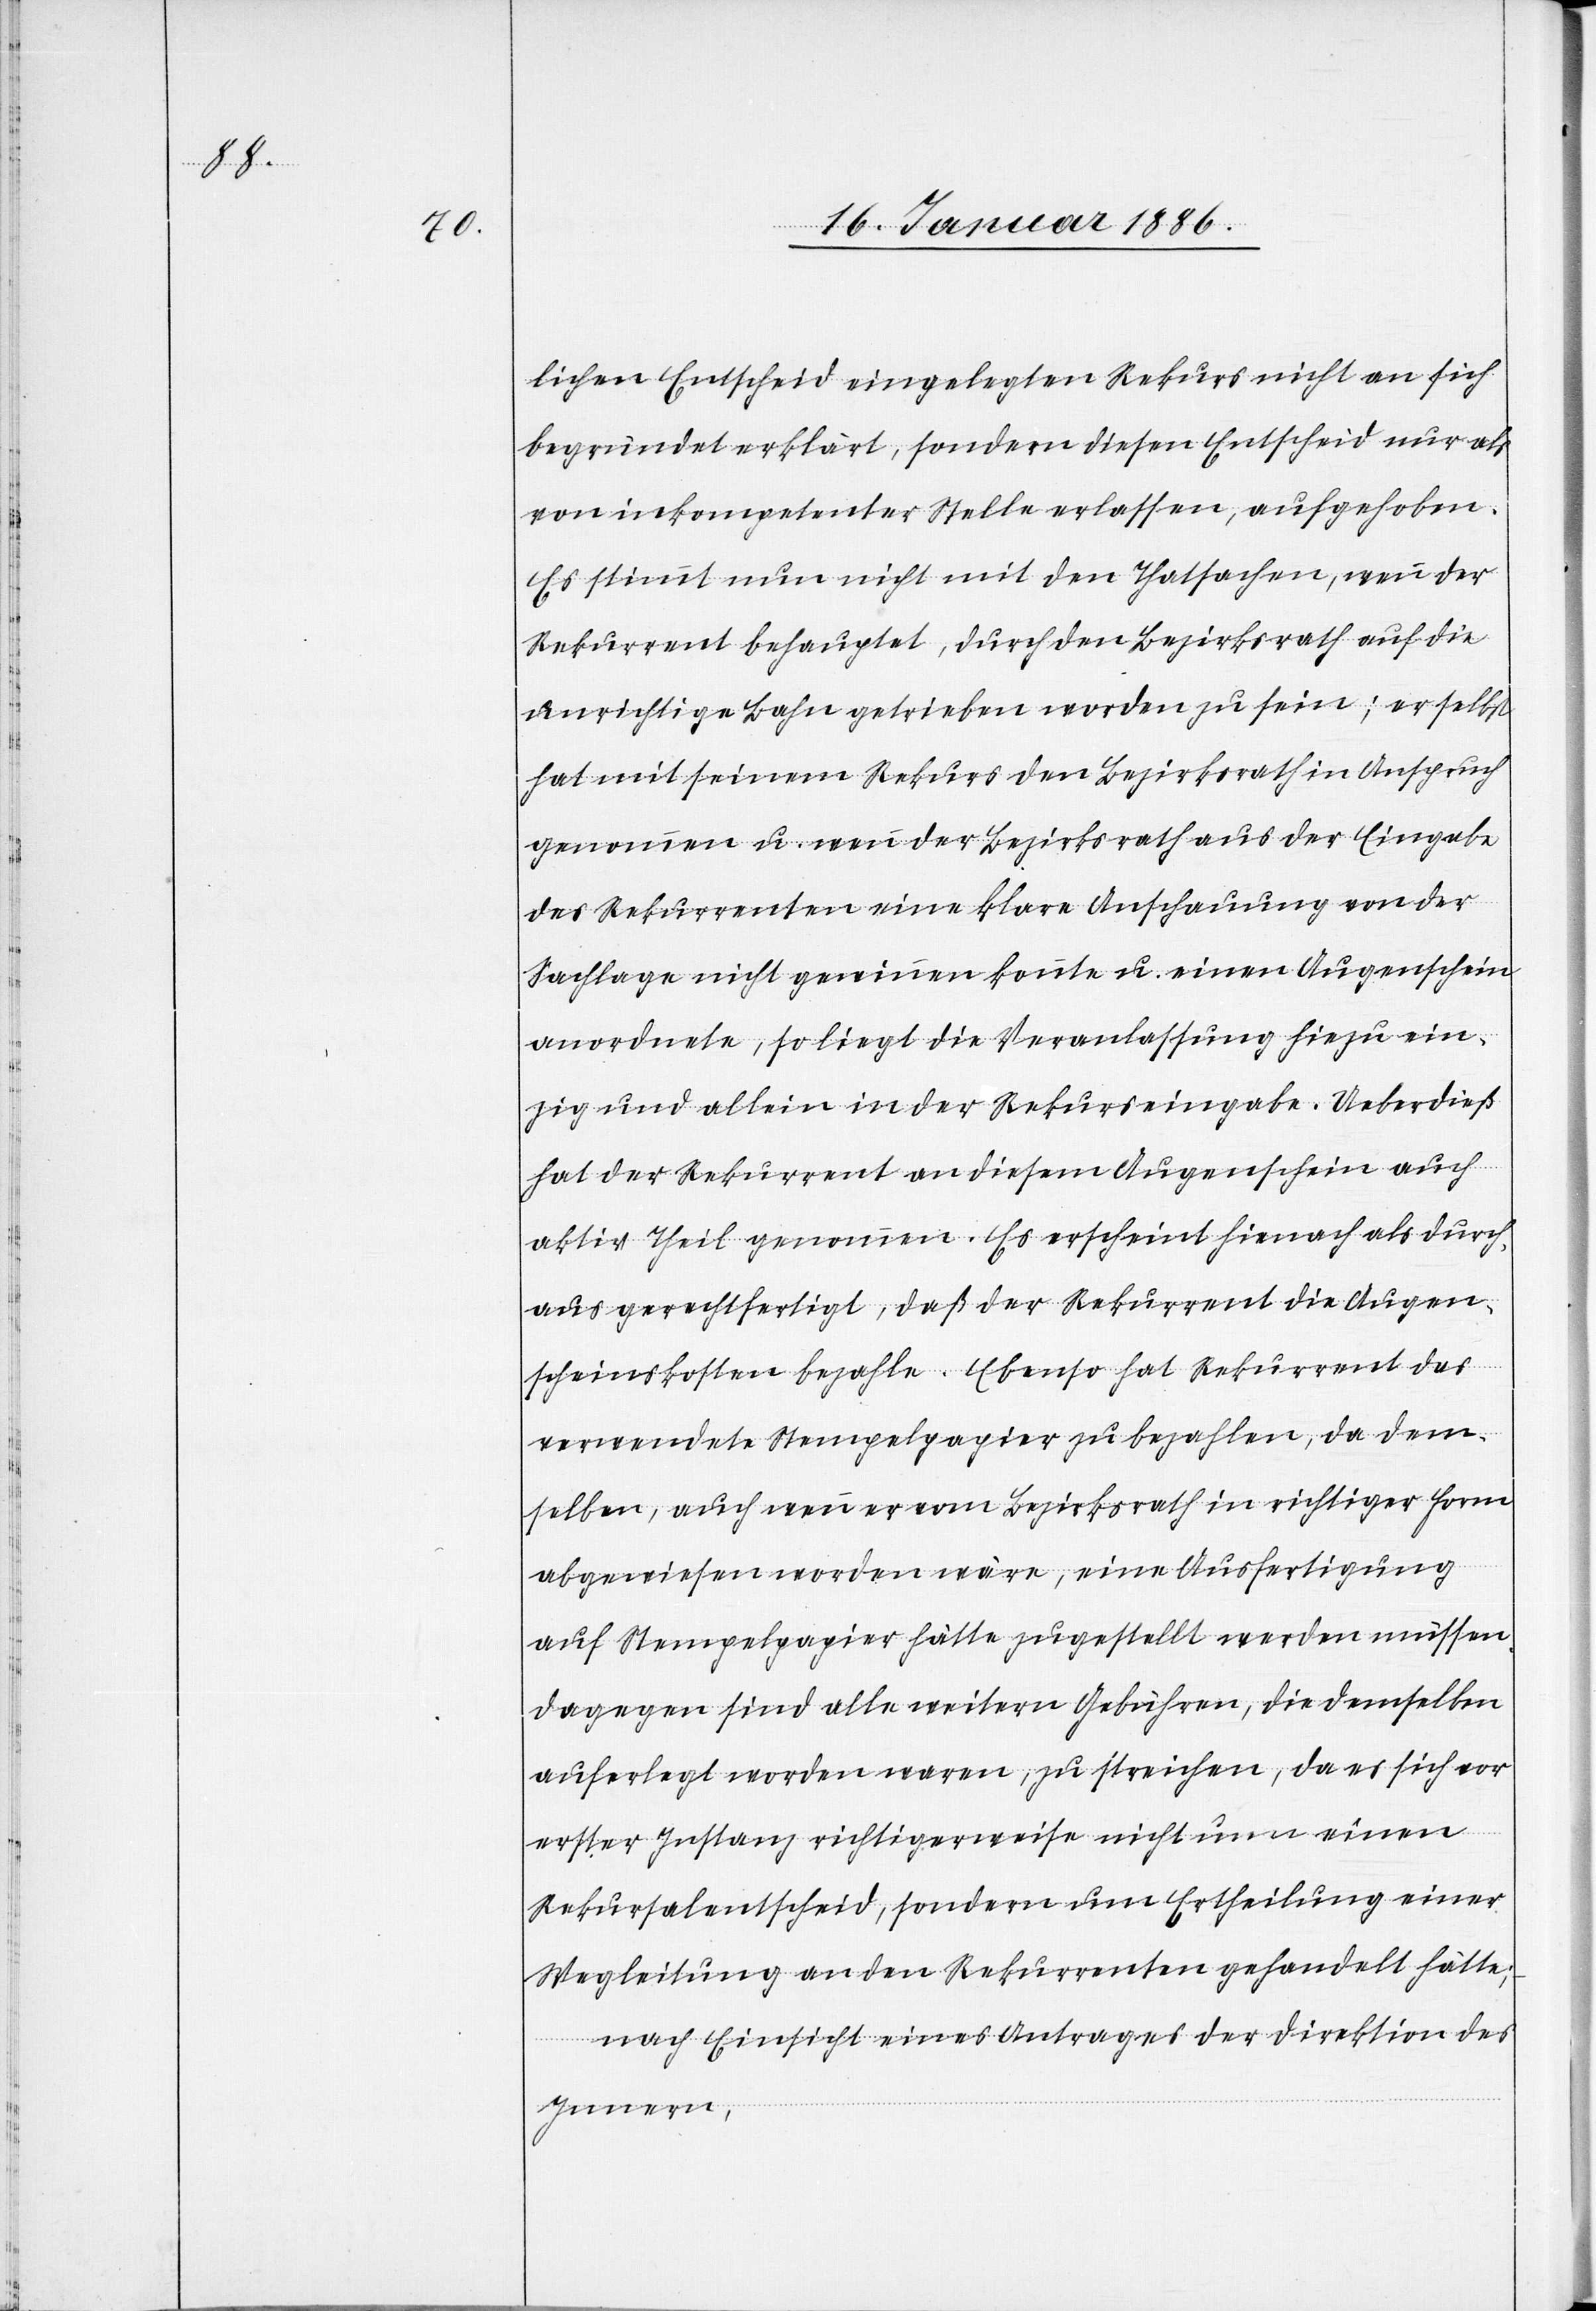
lichen Entscheid eingelegten Rekurs nicht an sich
begründet erklärt, sondern diesen Entscheid nur als
von inkompetenter Stelle erlassen, aufgehoben.
Es stimmt nun nicht mit den Thatsachen, wenn der
Rekurrent behauptet, durch den Bezirksrath auf die
unrichtige Bahn getrieben worden zu sein; er selbst
hat mit seinem Rekurs den Bezirksrath in Anspruch
genommen u. wenn der Bezirksrath aus der Eingabe
des Rekurrenten eine klare Anschauung von der
Sachlage nicht gewinnen konnte u. einen Augenschein
anordnete, so liegt die Veranlassung hiezu ein¬
zig und allein in der Rekurseingabe. Ueberdieß
hat der Rekurrent an diesem Augenschein auch
aktiv Theil genommen. Es erschein hienach als durch¬
aus gerechtfertigt, daß der Rekurrent die Augen¬
scheinkosten bezahle. Ebenso hat Rekurrent das
verwendete Stempelpapier zu bezahlen, da dem¬
selben, auch wenn er vom Bezirksrath in richtiger Form
abgewiesen worden wäre, eine Ausfertigung
auf Stempelpapier hätte zugestellt werden müssen.
Dagegen sind alle weitern Gebühren, die demselben
auferlegt worden waren, zu streichen, da es sich vor
erster Instanz richtigerweise nicht um einen
Rekursalentscheid, sondern um Ertheilung einer
Wegleitung an den Rekurrenten gehandelt hätte:
nach Einsicht eines Antrages der Direktion des
Innern,